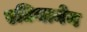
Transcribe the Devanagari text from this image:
एटियानेन